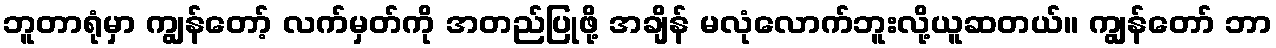
ဘူတာရုံမှာ ကျွန်တော့် လက်မှတ်ကို အတည်ပြုဖို့ အချိန် မလုံလောက်ဘူးလို့ယူဆတယ်။ ကျွန်တော် ဘာ